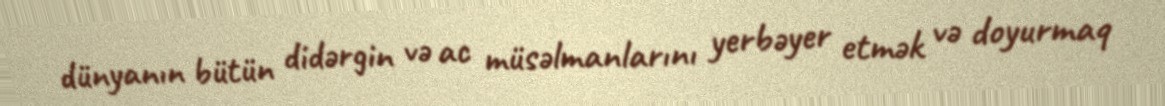
dünyanın bütün didərgin və ac müsəlmanlarını yerbəyer etmək və doyurmaq